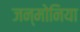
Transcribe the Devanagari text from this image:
जन्मोनिया